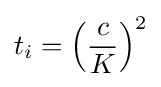
t_{i}=\left({\frac {c}{K}}\right)^{2}